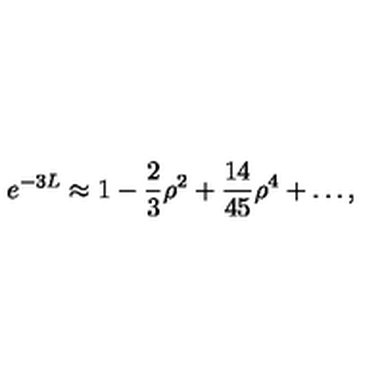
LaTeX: e ^ { - 3 L } \approx 1 - \frac { 2 } { 3 } \rho ^ { 2 } + \frac { 1 4 } { 4 5 } \rho ^ { 4 } + \ldots ,